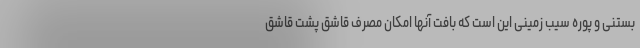
بستنی و پوره سیب زمینی این است که بافت آنها امکان مصرف قاشق پشت قاشق